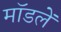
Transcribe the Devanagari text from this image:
मॉडलें